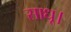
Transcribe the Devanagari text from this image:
साधू।